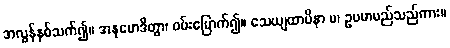
အလွန်နှစ်သက်၍။ အနုမောဒိတွာ၊ ဝမ်းမြောက်၍။ သေယျထာပိနာ မ၊ ဥပမာမည်သည်ကား။